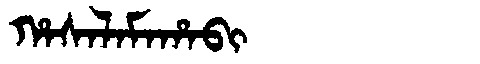
Manchu: ᡥᠠᠰᠠᠯᠠᠮᠠᡥᠠᠪᡳ
Romanization: HASALAMAHABI